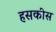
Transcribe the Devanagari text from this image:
हसकीस